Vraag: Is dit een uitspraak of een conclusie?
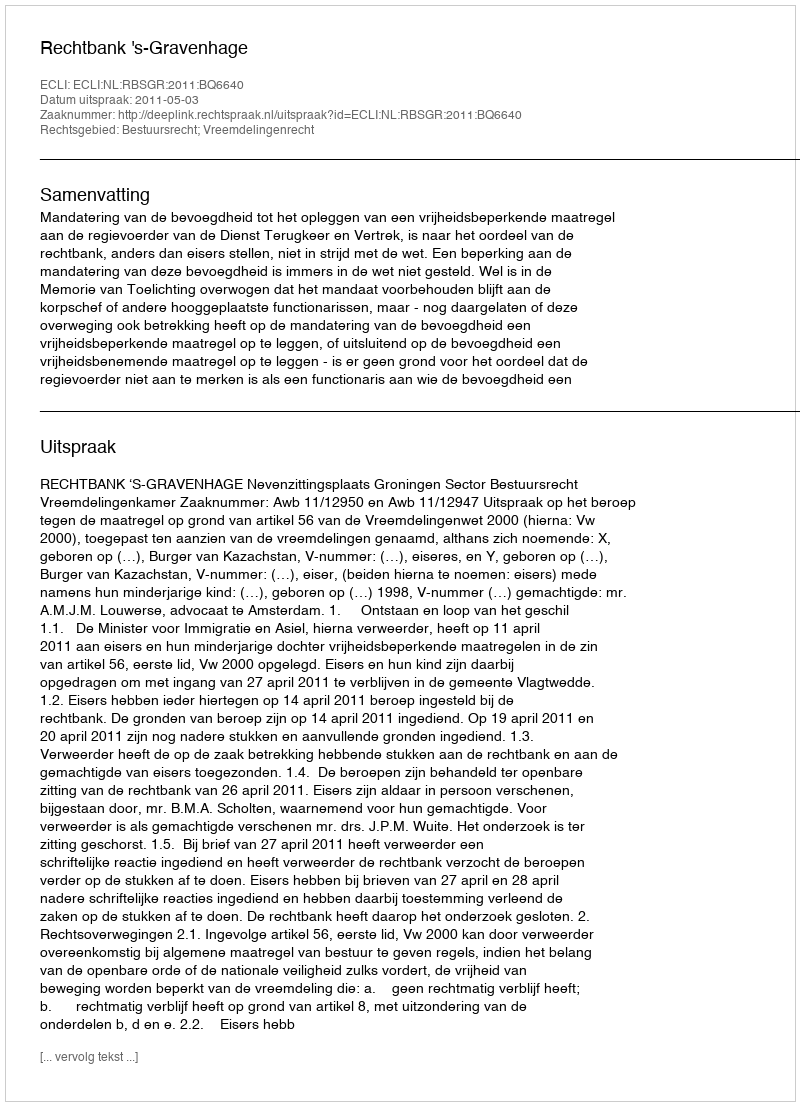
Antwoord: Uitspraak